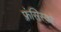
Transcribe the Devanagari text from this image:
फ़्रंसिस्को